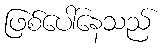
ဖြစ်ပေါ်နေသည်